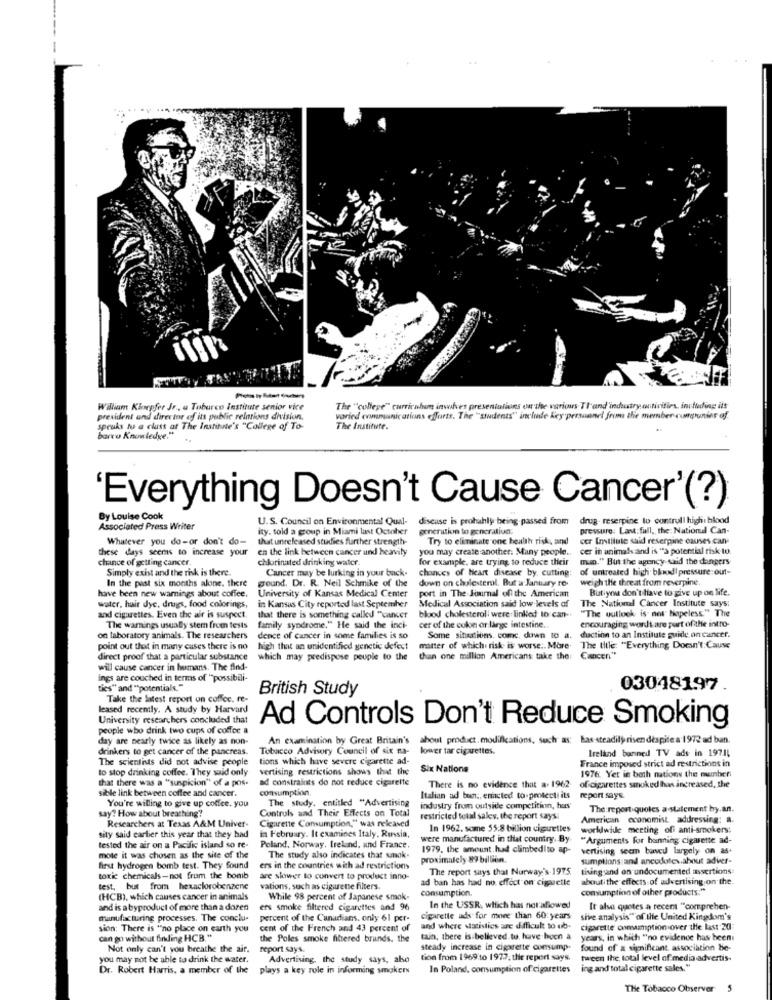
William Kloepfer Jr ., a Taburco Institute senior vice
The "college" curriculum involves presentations on the various TI and industry ontivities, including ilt
president and director of its public relations division.
varied communications efforts. The "students" include Key personnel from the member cumpunies of
speaks to a class of The Institute's "College of To-
The Institute.
barco Knowledge."
..
'Everything Doesn't Cause Cancer'(?)
By Louise Cook
U.S. Council on Environmental Qual-
disease is probably being-passed from
drug. reserpine to controll high blood
Associated Press Writer
ity. told a group in Miami last October
generation to generation:
pressure: Lavt: full ,, the: Nationd Can-
Whatever you do-or don't do-
that unreleased studies further strength-
Try to eliminate one health risk, and
cer Institute said resergine causes can-
these days seems to increase your
en the link between cancer and heavily
you may create another. Many people ..
cer in animals and is "a potential risk to.
chance of getting cancer.
chlorinated drinking water.
for example, are trying to reduce their
min." But the agency sand the dangers
Simply exist and the risk is there.
Cancer may be lurking in your back-
chances of Heart disease by, cutting:
of untreated high bkudi pressure:out-
In the past six months alone. there
ground. Dr. R. Neil Schmike of the
down on cholesterol. But a January TO.
weigh the threat from reverpine.
University of Kansas Medical Center
port in The Journal of the American
Butiyou don't have to give up on life.
have been new warnings about coffee.
water, hair dye, drugs, food colorings,
in Kansas City reported last September
Medical Association said low levels of
The National Cancer Institute says;
"The outlook is not hopeless" The
and cigarettes. Even the air is suspect.
that there is something called "cancer
blood cholesterol: were linked to can-
encouraging wordt are port of the intro-
The warnings usually stem from tests
family syndrome." He said the inci-
cer of the colon or large intestine.
on laboratory animals. The researchers
dence of cancer in some families is so
Some situations. comc, down to a.
duction to an Institute guide on cancer.
point out that in many cases there is no
high that an unidentified genetic defect
matter of which: risk is worse .. More
The title: "Everything Doesn't: Cause
direct proof that a particular substance
which may predispose peuple to the than one million Americans take the
Cancer"
will cause cancer in humans. The find-
ings are couched in terms of "possibili-
tics" and ""potentials."
British Study
03048197
Take the latest report on coffee. re-
leased recently. A study by Harvard
University researchers concluded that
Ad Controls Don't Reduce Smoking
people who drink two cups of coffee a
day are nearly twice as likely as non-
An examination by Great Britain's about product.modifications, such as: Las steadily risen despite a 1972 ad ban.
drinkers to get cancer of the pancreas.
Tobacco Advisory Council of six na-
kower tar cigarettes.
Ireland banned TV ads in 19711
The scientists did not advise people
tions which have severe cigarette ad-
France imposed strict ad restrictions in
to stop drinking coffee. They said only
vertising restrictions shows that the
Six Nations
that there was a "suspicion" of a pos-
ad constraints do not reduce cigarette
1976. Yet in both nations the manberi
sible link between coffee and cancer.
consumption.
There is no evidence that a. 1962
of cigarettes smoked has increased, the
The study. entitled "Advertising
Italian ad bunn ;, enicted to protect its
report says
say? How about breathing?
You're willing to give up coffee. you
Controls and Their Effects on Total
industry from outside competition, has
The report quotes a statement hy.an.
restricted total sales, the report says
American economist addressing: a.
Researchers at Texas A&M Univer-
Cigarette Consumption," was released
in February. It examines Italy, Russia,
In 1962. some 55.8 billion ciguettes
worldwide meeting ofi anti-smokers;
sity said earlier this year that they had
were manufactured in that country. By.
"Arguments for henning cigarette ad-
tested the air on a Pacific island so re-
Poland, Norway, Ireland, und France.
1979, the amount had climbedito ap-
vertising seem baved largely on as-
mote it was chosen as the site of the
The study also indicates that sanok.
proximately 89 billion.
sumptions and ancedotes.about adver-
first hydrogen bomb test. They Sound
ers in the countries with ad restrictions
The report says that Nurway's-1975
tising and on undocumented assertions:
toxic chemicals-not from the bomb
are slower to convert to product inno-
ad ban has had no effect on ciguette
aboutithe effects of advertising.on the.
test, but from hexaclorobenzene
vations, such as cigaretse filters.
consumption.
consumption of other products:"
(HCB), which causes cancer in animals
While 98 percent of Japanese smok-
and is a byproduct of more than a dozen
ers smoke filtered cigarettes and 96
In the USSR, which has not allowed
It also quotes a recent "comprehen-
manufacturing processes. The conclu-
percent of the Canadians. only 61 per-
cigarette ads for more than 60 years
sive analysis" of the United Kingdom's
sion: There is "no place on earth you
cent of the French and 43 percent of
and where statistics are difficult to ub-
cigarette comasmption over the last-20:
can go without finding HCB. "
the Poles smoke filtered brunds. the
tan, there is believed tu, have-hoch a
years, in which "no evidence has been
Not only can't you breathe the air.
report says.
steady increase in cigarette consump.
found of a significant association be-
you may not be able to drink the water.
Advertising, the study says, also
tion from 1969 to 1972, the report says.
tween the, total level of media advertis-
Dr. Robert Harris, a member of the
plays a key role in informing smokers
In Poland, consumption of cigarettes
ing and total cigarette sales."
The Tobacco Observer
5